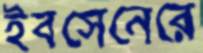
ইবসেনেরে